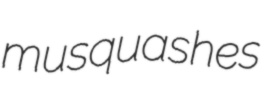
musquashes